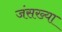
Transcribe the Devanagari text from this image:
जंसख्या